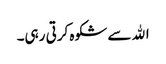
اﷲ سے شکوہ کرتی رہی۔